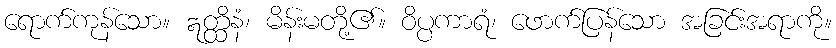
ရောက်ကုန်သော။ ဣတ္ထိနံ၊ မိန်းမတို့၏။ ဝိပ္ပကာရံ၊ ဖောက်ပြန်သော အခြင်းအရာကို။